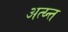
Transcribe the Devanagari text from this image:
अत्य्न्त